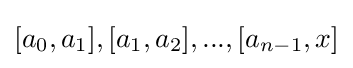
[a_{0},a_{1}],[a_{1},a_{2}],...,[a_{n-1},x]